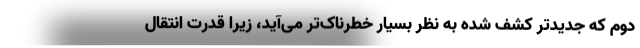
دوم که جدیدتر کشف شده به نظر بسیار خطرناک‌تر می‌آید، زیرا قدرت انتقال